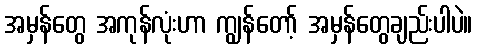
အမှန်တွေ အကုန်လုံးဟာ ကျွန်တော့် အမှန်တွေချည်းပါပဲ။